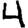
Digit: 4